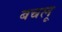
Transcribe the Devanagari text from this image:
बचलू